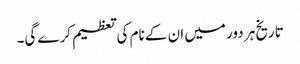
تاریخ ہر دور میں ان کے نام کی تعظیم کرے گی۔